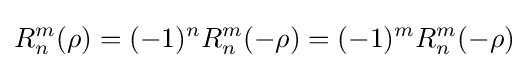
R_{n}^{m}(\rho )=(-1)^{n}R_{n}^{m}(-\rho )=(-1)^{m}R_{n}^{m}(-\rho )